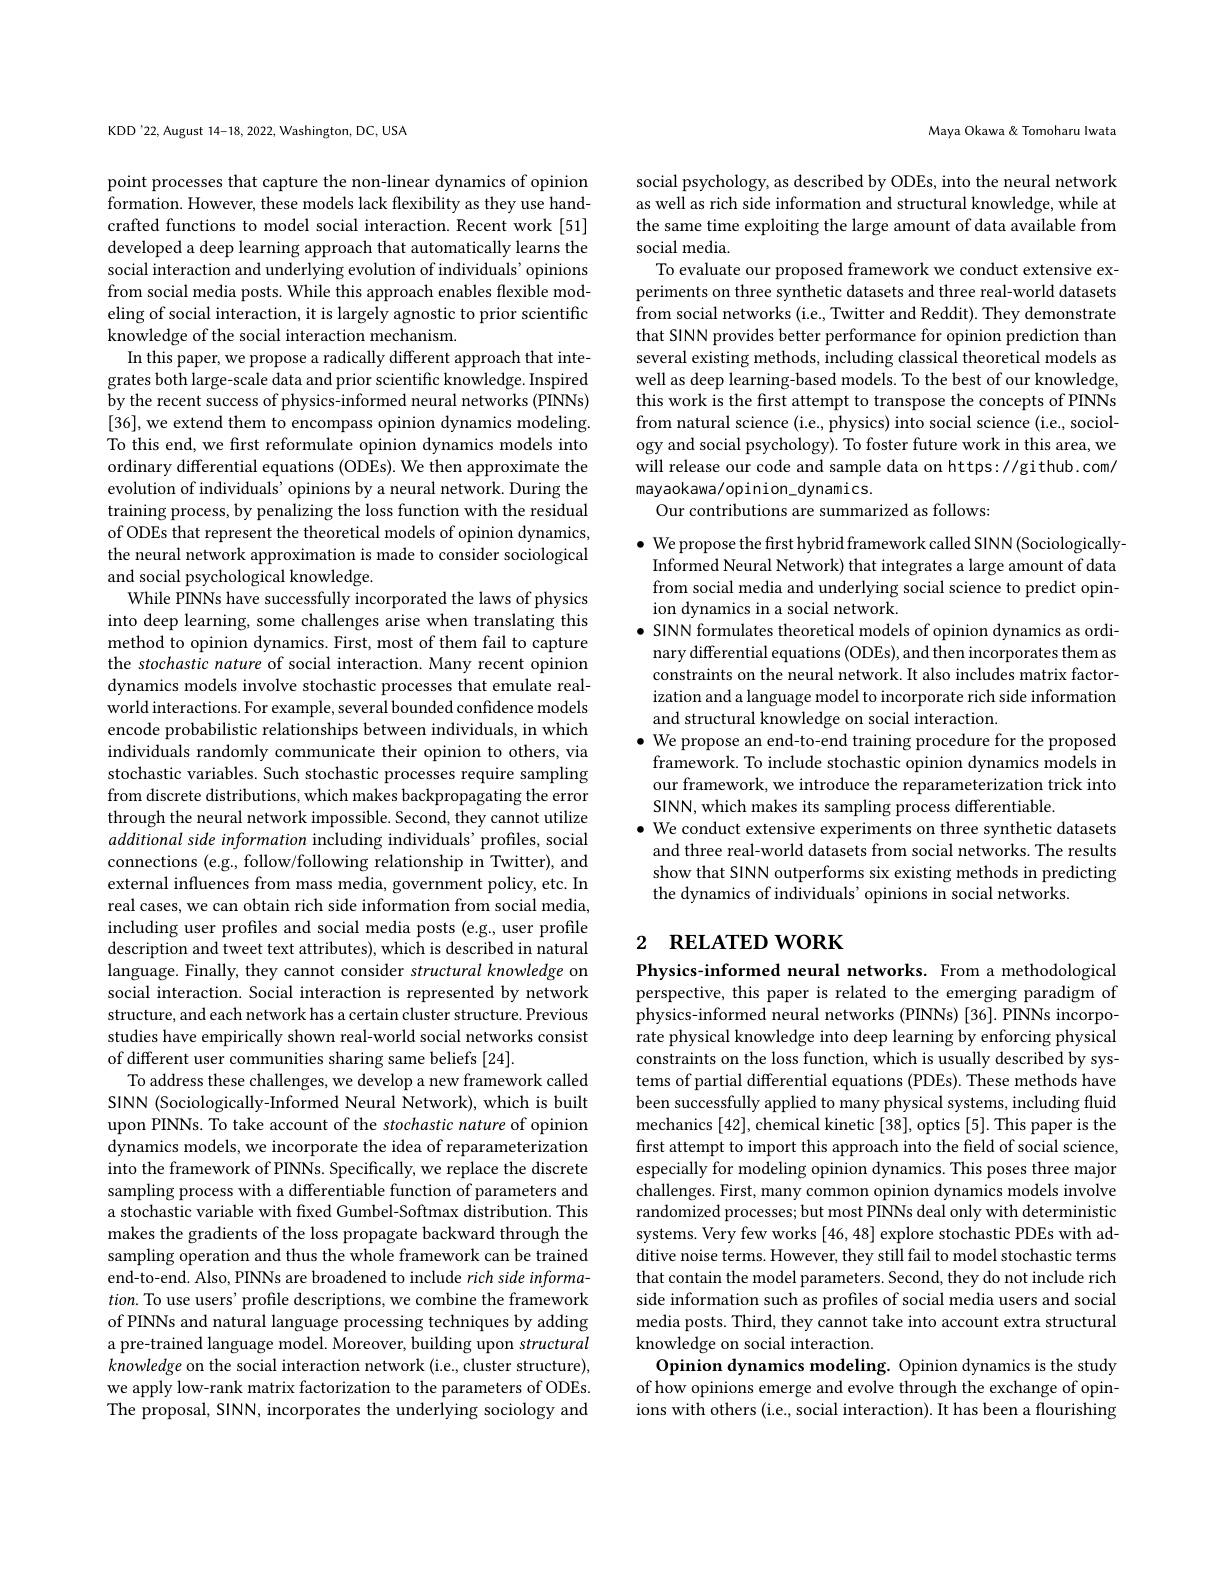
KDD'22, August 14-18, 2022, Washington, DC, USA

point processes that capture the non-linear dynamics of opinion formation. However, these models lack flexibility as they use handcrafted functions to model social interaction. Recent work [51] developed a deep learning approach that automatically learns the social interaction and underlying evolution of individuals' opinions from social media posts. While this approach enables flexible modeling of social interaction, it is largely agnostic to prior scientific knowledge of the social interaction mechanism.
In this paper, we propose a radically different approach that integrates both large-scale data and prior scientific knowledge. Inspired by the recent success of physics-informed neural networks (PINNs) [36],we extend them to encompass opinion dynamics modeling. To this end, we first reformulate opinion dynamics models into ordinary differential equations (ODEs). We then approximate the evolution of individuals' opinions by a neural network. During the training process, by penalizing the loss function with the residual of ODEs that represent the theoretical models of opinion dynamics, the neural network approximation is made to consider sociological and social psychological knowledge.
While PINNs have successfully incorporated the laws of physics into deep learning, some challenges arise when translating this method to opinion dynamics. First, most of them fail to capture the stochastic nature of social interaction. Many recent opinion dynamics models involve stochastic processes that emulate realworld interactions. For example, several bounded confidence models encode probabilistic relationships between individuals, in which individuals randomly communicate their opinion to others, via stochastic variables. Such stochastic processes require sampling from discrete distributions, which makes backpropagating the error through the neural network impossible. Second, they cannot utilize additional side information including individuals' profiles, social connections (e.g., follow/following relationship in Twitter), and external influences from mass media, government policy, etc. In real cases, we can obtain rich side information from social media, including user profiles and social media posts (e.g., user profile description and tweet text attributes), which is described in natural language. Finally, they cannot consider structural knowledge on social interaction. Social interaction is represented by network structure, and each network has a certain cluster structure. Previous studies have empirically shown real-world social networks consist of different user communities sharing same beliefs [24].
To address these challenges, we develop a new framework called SINN (Sociologically-Informed Neural Network), which is built upon PINNs. To take account of the stochastic nature of opinion dynamics models, we incorporate the idea of reparameterization into the framework of PINNs. Specifically, we replace the discrete sampling process with a differentiable function of parameters and a stochastic variable with fixed Gumbel-Softmax distribution. This makes the gradients of the loss propagate backward through the sampling operation and thus the whole framework can be trained end-to-end. Also, PINNs are broadened to include rich side informa- $tion.$ To use users' profile descriptions, we combine the framework of PINNs and natural language processing techniques by adding a pre-trained language model. Moreover, building upon structural knowledge on the social interaction network (i.e., cluster structure), we apply low-rank matrix factorization to the parameters of ODEs. The proposal, SINN, incorporates the underlying sociology and

Maya Okawa & Tomoharu Iwata

social psychology, as described by ODEs, into the neural network as well as rich side information and structural knowledge, while at the same time exploiting the large amount of data available from social media
To evaluate our proposed framework we conduct extensive experiments on three synthetic datasets and three real-world datasets from social networks (i.e., Twitter and Reddit). They demonstrate that SINN provides better performance for opinion prediction than several existing methods, including classical theoretical models as well as deep learning-based models. To the best of our knowledge, this work is the first attempt to transpose the concepts of PINNs from natural science (i.e., physics) into social science (i.e., sociology and social psychology). To foster future work in this area, we will release our code and sample data on https://github.com/ mayaokawa/opinion_dynamics.
Our contributions are summarized as follows:

$\bullet$ We propose the first hybrid framework called SINN(SociologicallyInformed Neural Network) that integrates a large amount of data from social media and underlying social science to predict opinion dynamics in a social network.
$\bullet$ SINN formulates theoretical models of opinion dynamics as ordinary differential equations (ODEs), and then incorporates them as constraints on the neural network. It also includes matrix factorization and a language model to incorporate rich side information and structural knowledge on social interaction.
$\bullet$ We propose an end-to-end training procedure for the proposed
framework. To include stochastic opinion dynamics models in our framework, we introduce the reparameterization trick into SINN, which makes its sampling process differentiable.
$\bullet$ We conduct extensive experiments on three synthetic datasets and three real-world datasets from social networks. The results show that SINN outperforms six existing methods in predicting the dynamics of individuals' opinions in social networks.

## 2 RELATED WORK

Physics-informed neural networks. From a methodological perspective, this paper is related to the emerging paradigm of physics-informed neural networks (PINNs) [36]. PINNs incorporate physical knowledge into deep learning by enforcing physical constraints on the loss function, which is usually described by systems of partial differential equations (PDEs). These methods have been successfully applied to many physical systems, including fluid mechanics [42],chemical kinetic[38], optics [5]. This paper is the first attempt to import this approach into the field of social science, especially for modeling opinion dynamics. This poses three major challenges. First, many common opinion dynamics models involve randomized processes; but most PINNs deal only with deterministic systems. Very few works [46,48] explore stochastic PDEs with additive noise terms. However, they still fail to model stochastic terms that contain the model parameters. Second, they do not include rich side information such as profiles of social media users and social media posts. Third, they cannot take into account extra structural knowledge on social interaction.
Opinion dynamics modeling. Opinion dynamics is the study of how opinions emerge and evolve through the exchange of opinions with others (i.e., social interaction). It has been a flourishing